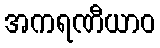
အကရဏီယာဝ